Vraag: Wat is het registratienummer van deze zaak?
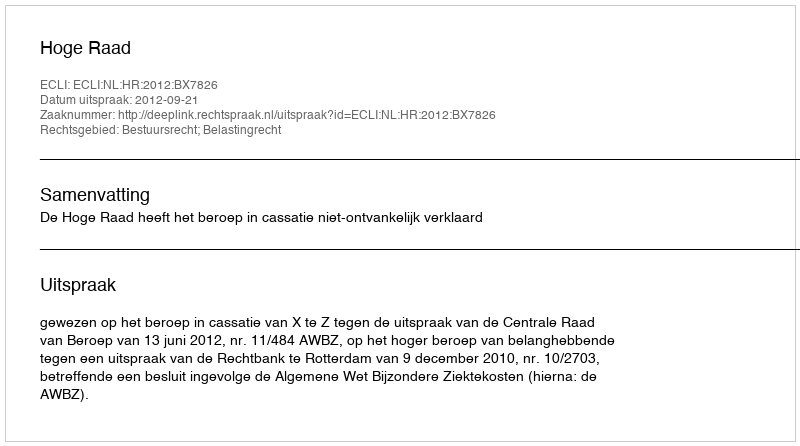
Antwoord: http://deeplink.rechtspraak.nl/uitspraak?id=ECLI:NL:HR:2012:BX7826